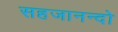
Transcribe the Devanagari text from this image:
सहजानन्दो